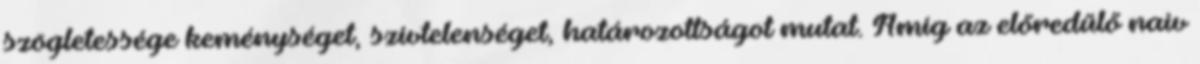
szögletessége keménységet, szívtelenséget, határozottságot mutat. Amíg az előredűlő naiv